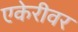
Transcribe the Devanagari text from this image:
एकेरीवर